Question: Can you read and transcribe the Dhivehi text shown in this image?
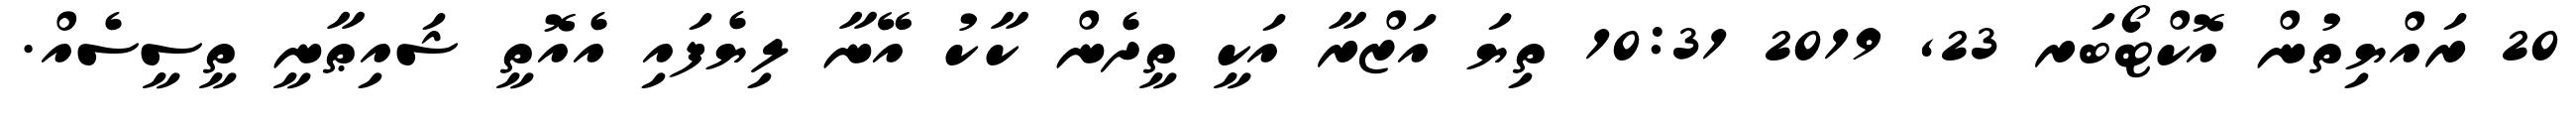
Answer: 20 ރައްޔިތުން އޮކްޓޯބަރ 23, 2019 10:31 ތިޔަ އަޒްރާ އަކީ ތީދެން ކާކު އޭނާ ލިޔެފައި އެއޮތީ ޝައިޠާނީ ތީސީސެއް.